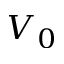
V _ { 0 }